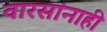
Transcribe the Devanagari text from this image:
वारसांनाही